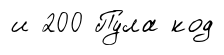
и 200 Пу́ла код